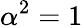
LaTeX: {\alpha}^{2}=1